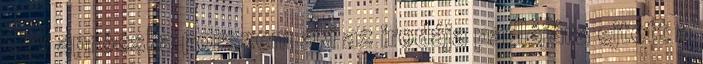
egy aprócska porszem aki az irodája padlójára ejtett a